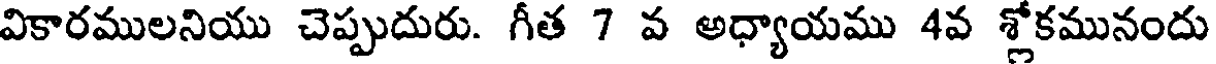
వికారములనియు చెప్పుదురు. గీత 7 వ అధ్యాయము 4వ శ్లోకమునందు